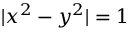
| x ^ { 2 } - y ^ { 2 } | = 1